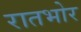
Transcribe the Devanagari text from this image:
रातभोर